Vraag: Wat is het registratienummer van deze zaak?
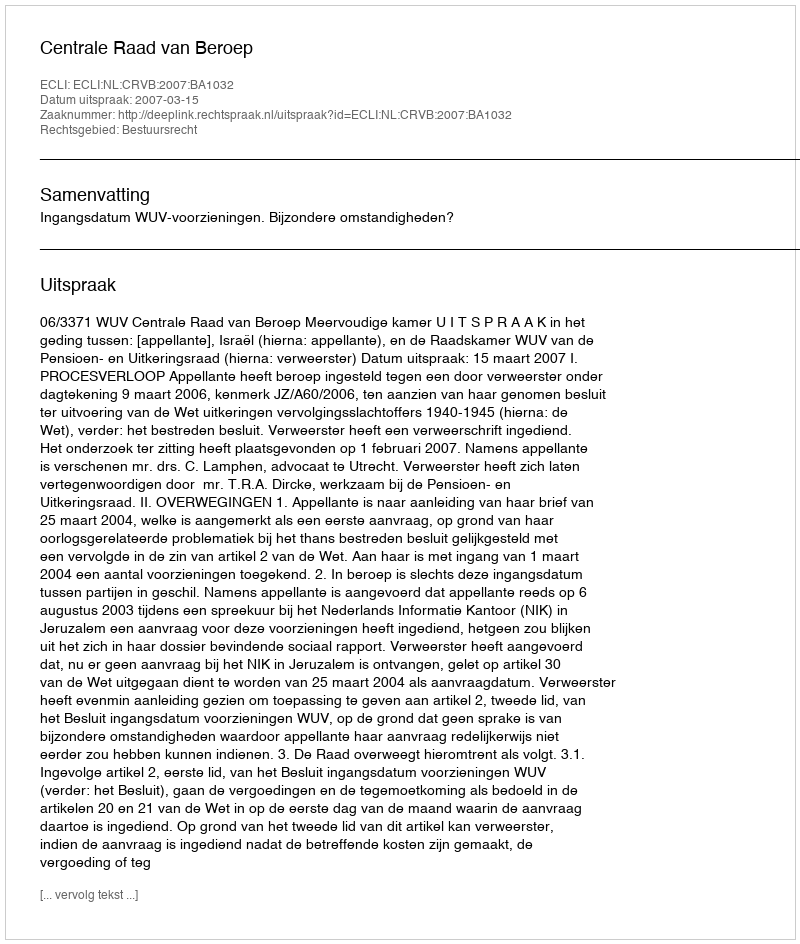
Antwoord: http://deeplink.rechtspraak.nl/uitspraak?id=ECLI:NL:CRVB:2007:BA1032